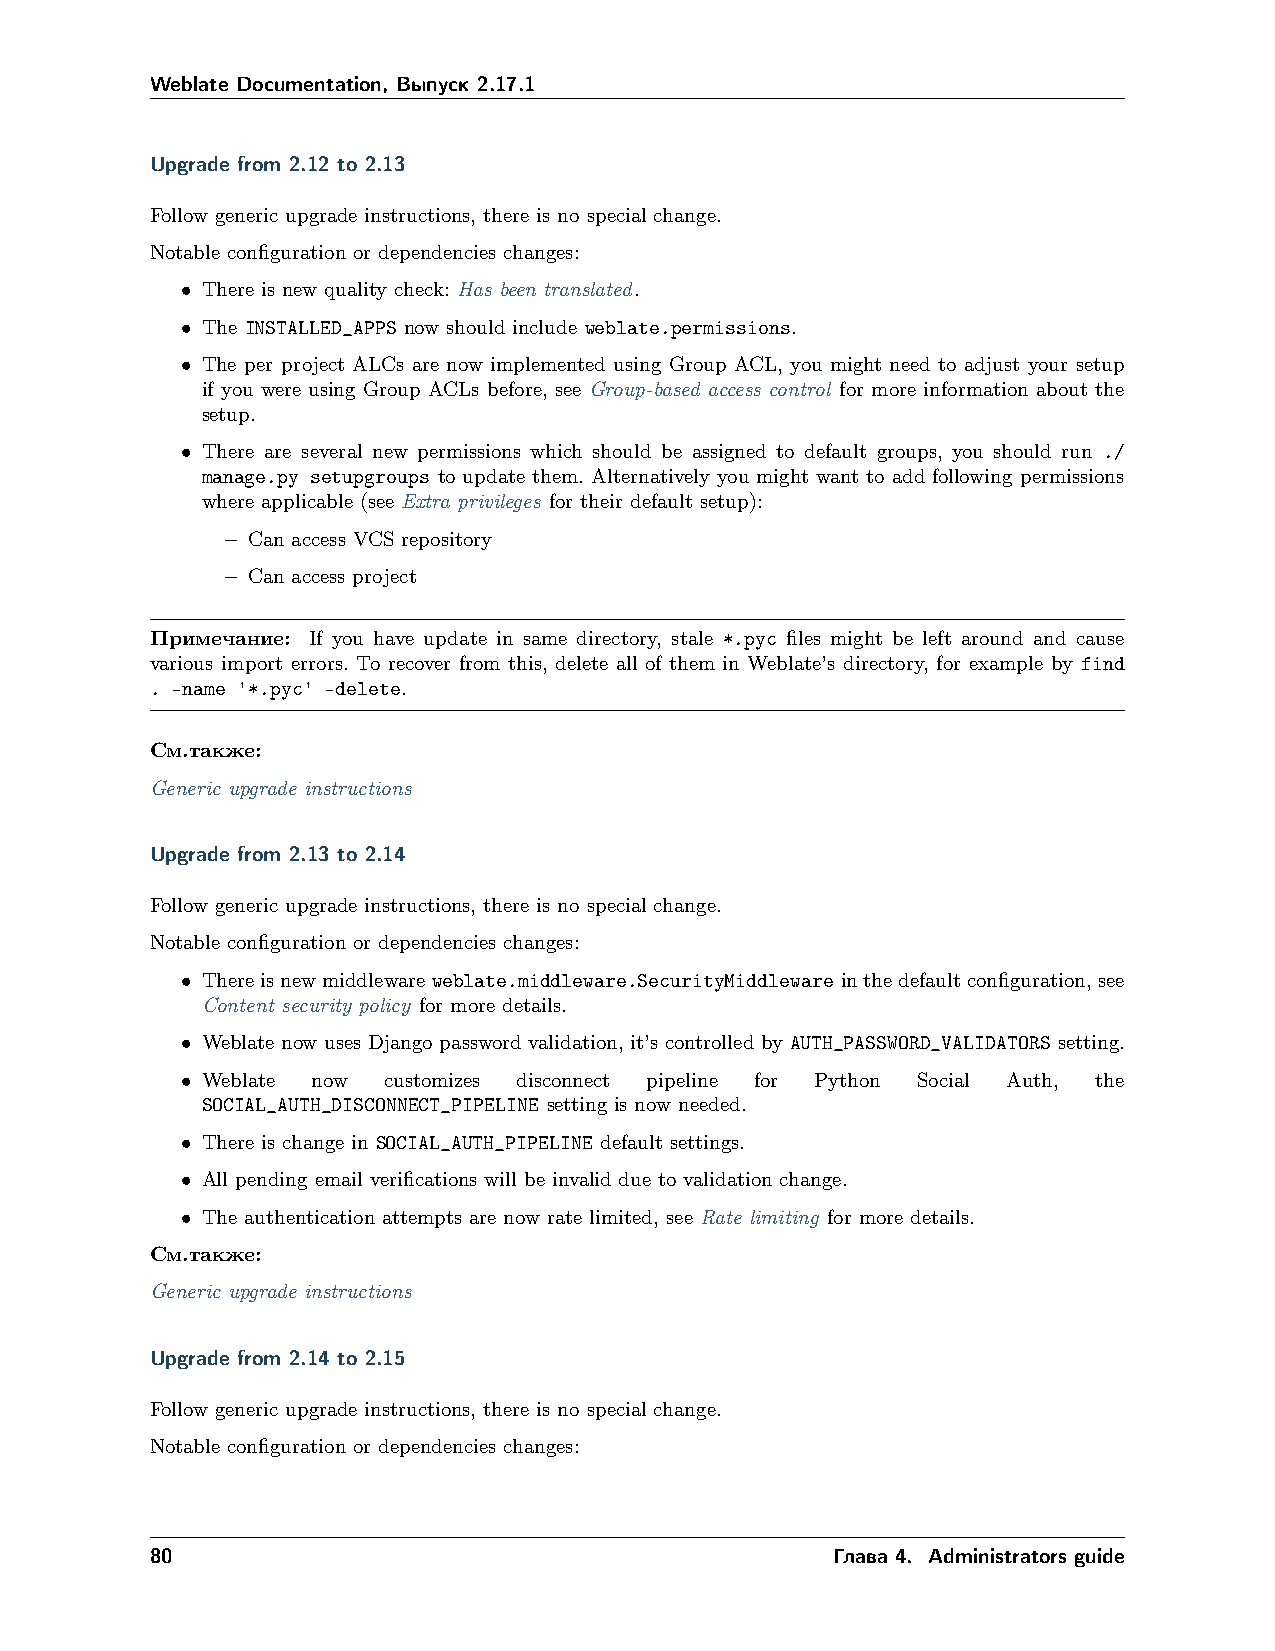
Weblate Documentation, Выпуск 2.17.1
 Upgrade from 2.12 to 2.13
 Follow generic upgrade instructions, there is no special change.
 Notable configuration or dependencies changes:
 • There is new quality check: Has been translated.
 • The INSTALLED_APPS now should include weblate.permissions.
 • The per project ALCs are now implemented using Group ACL, you might need to adjust your setup
 if you were using Group ACLs before, see Group-based access control for more information about the
 setup.
 • There are several new permissions which should be assigned to default groups, you should run ./
 manage.py setupgroups to update them. Alternatively you might want to add following permissions
 where applicable (see Extra privileges for their default setup):
 – Can access VCS repository
 – Can access project
 Примечание: If you have update in same directory, stale *.pyc files might be left around and cause
 various import errors. To recover from this, delete all of them in Weblate’s directory, for example by find
 . -name '*.pyc' -delete.
 См.также:
 Generic upgrade instructions
 Upgrade from 2.13 to 2.14
 Follow generic upgrade instructions, there is no special change.
 Notable configuration or dependencies changes:
 • Thereisnewmiddlewareweblate.middleware.SecurityMiddlewareinthedefaultconfiguration,see
 Content security policy for more details.
 • Weblate now uses Django password validation, it’s controlled by AUTH_PASSWORD_VALIDATORS setting.
 • Weblate now customizes disconnect pipeline for Python Social Auth, the
 SOCIAL_AUTH_DISCONNECT_PIPELINE setting is now needed.
 • There is change in SOCIAL_AUTH_PIPELINE default settings.
 • All pending email verifications will be invalid due to validation change.
 • The authentication attempts are now rate limited, see Rate limiting for more details.
 См.также:
 Generic upgrade instructions
 Upgrade from 2.14 to 2.15
 Follow generic upgrade instructions, there is no special change.
 Notable configuration or dependencies changes:
 80                                           Глава 4. Administrators guide